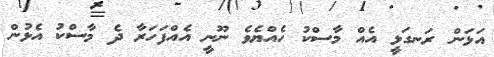
އަޅަން ރަނގަޅީ އެއް މާސްކު ހެއްޔެވެ ނޫނީ އެއްފަހަރާ ދެ މާސްކު އެޅުން